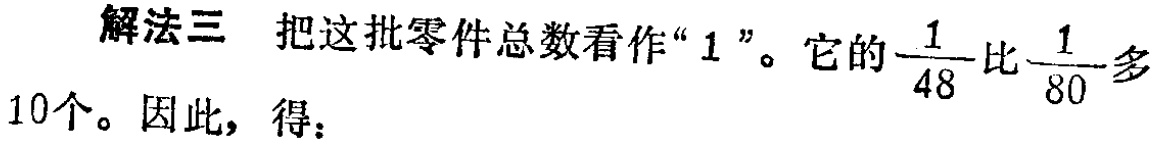
解法三 把这批零件总数看作“$1$”。它的$\frac{1}{48}$比$\frac{1}{80}$多10个。因此，得：